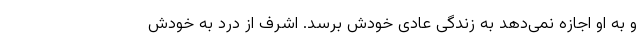
و به او اجازه نمی‌دهد به زندگی عادی خودش برسد. اشرف از درد به خودش